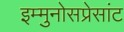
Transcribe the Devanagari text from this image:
इम्मुनोसप्रेसांट